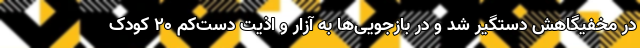
در مخفیگاهش دستگیر شد و در بازجویی‌ها به آزار و اذیت دست‌کم ۲۰ کودک